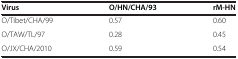
<table><thead><tr><td><b>Virus</b></td><td><b>O/HN/CHA/93</b></td><td><b>rM-HN</b></td></tr></thead><tbody><tr><td>O/Tibet/CHA/99</td><td>0.57</td><td>0.60</td></tr><tr><td>O/TAW/TL/97</td><td>0.28</td><td>0.45</td></tr><tr><td>O/JX/CHA/2010</td><td>0.59</td><td>0.54</td></tr></tbody></table>